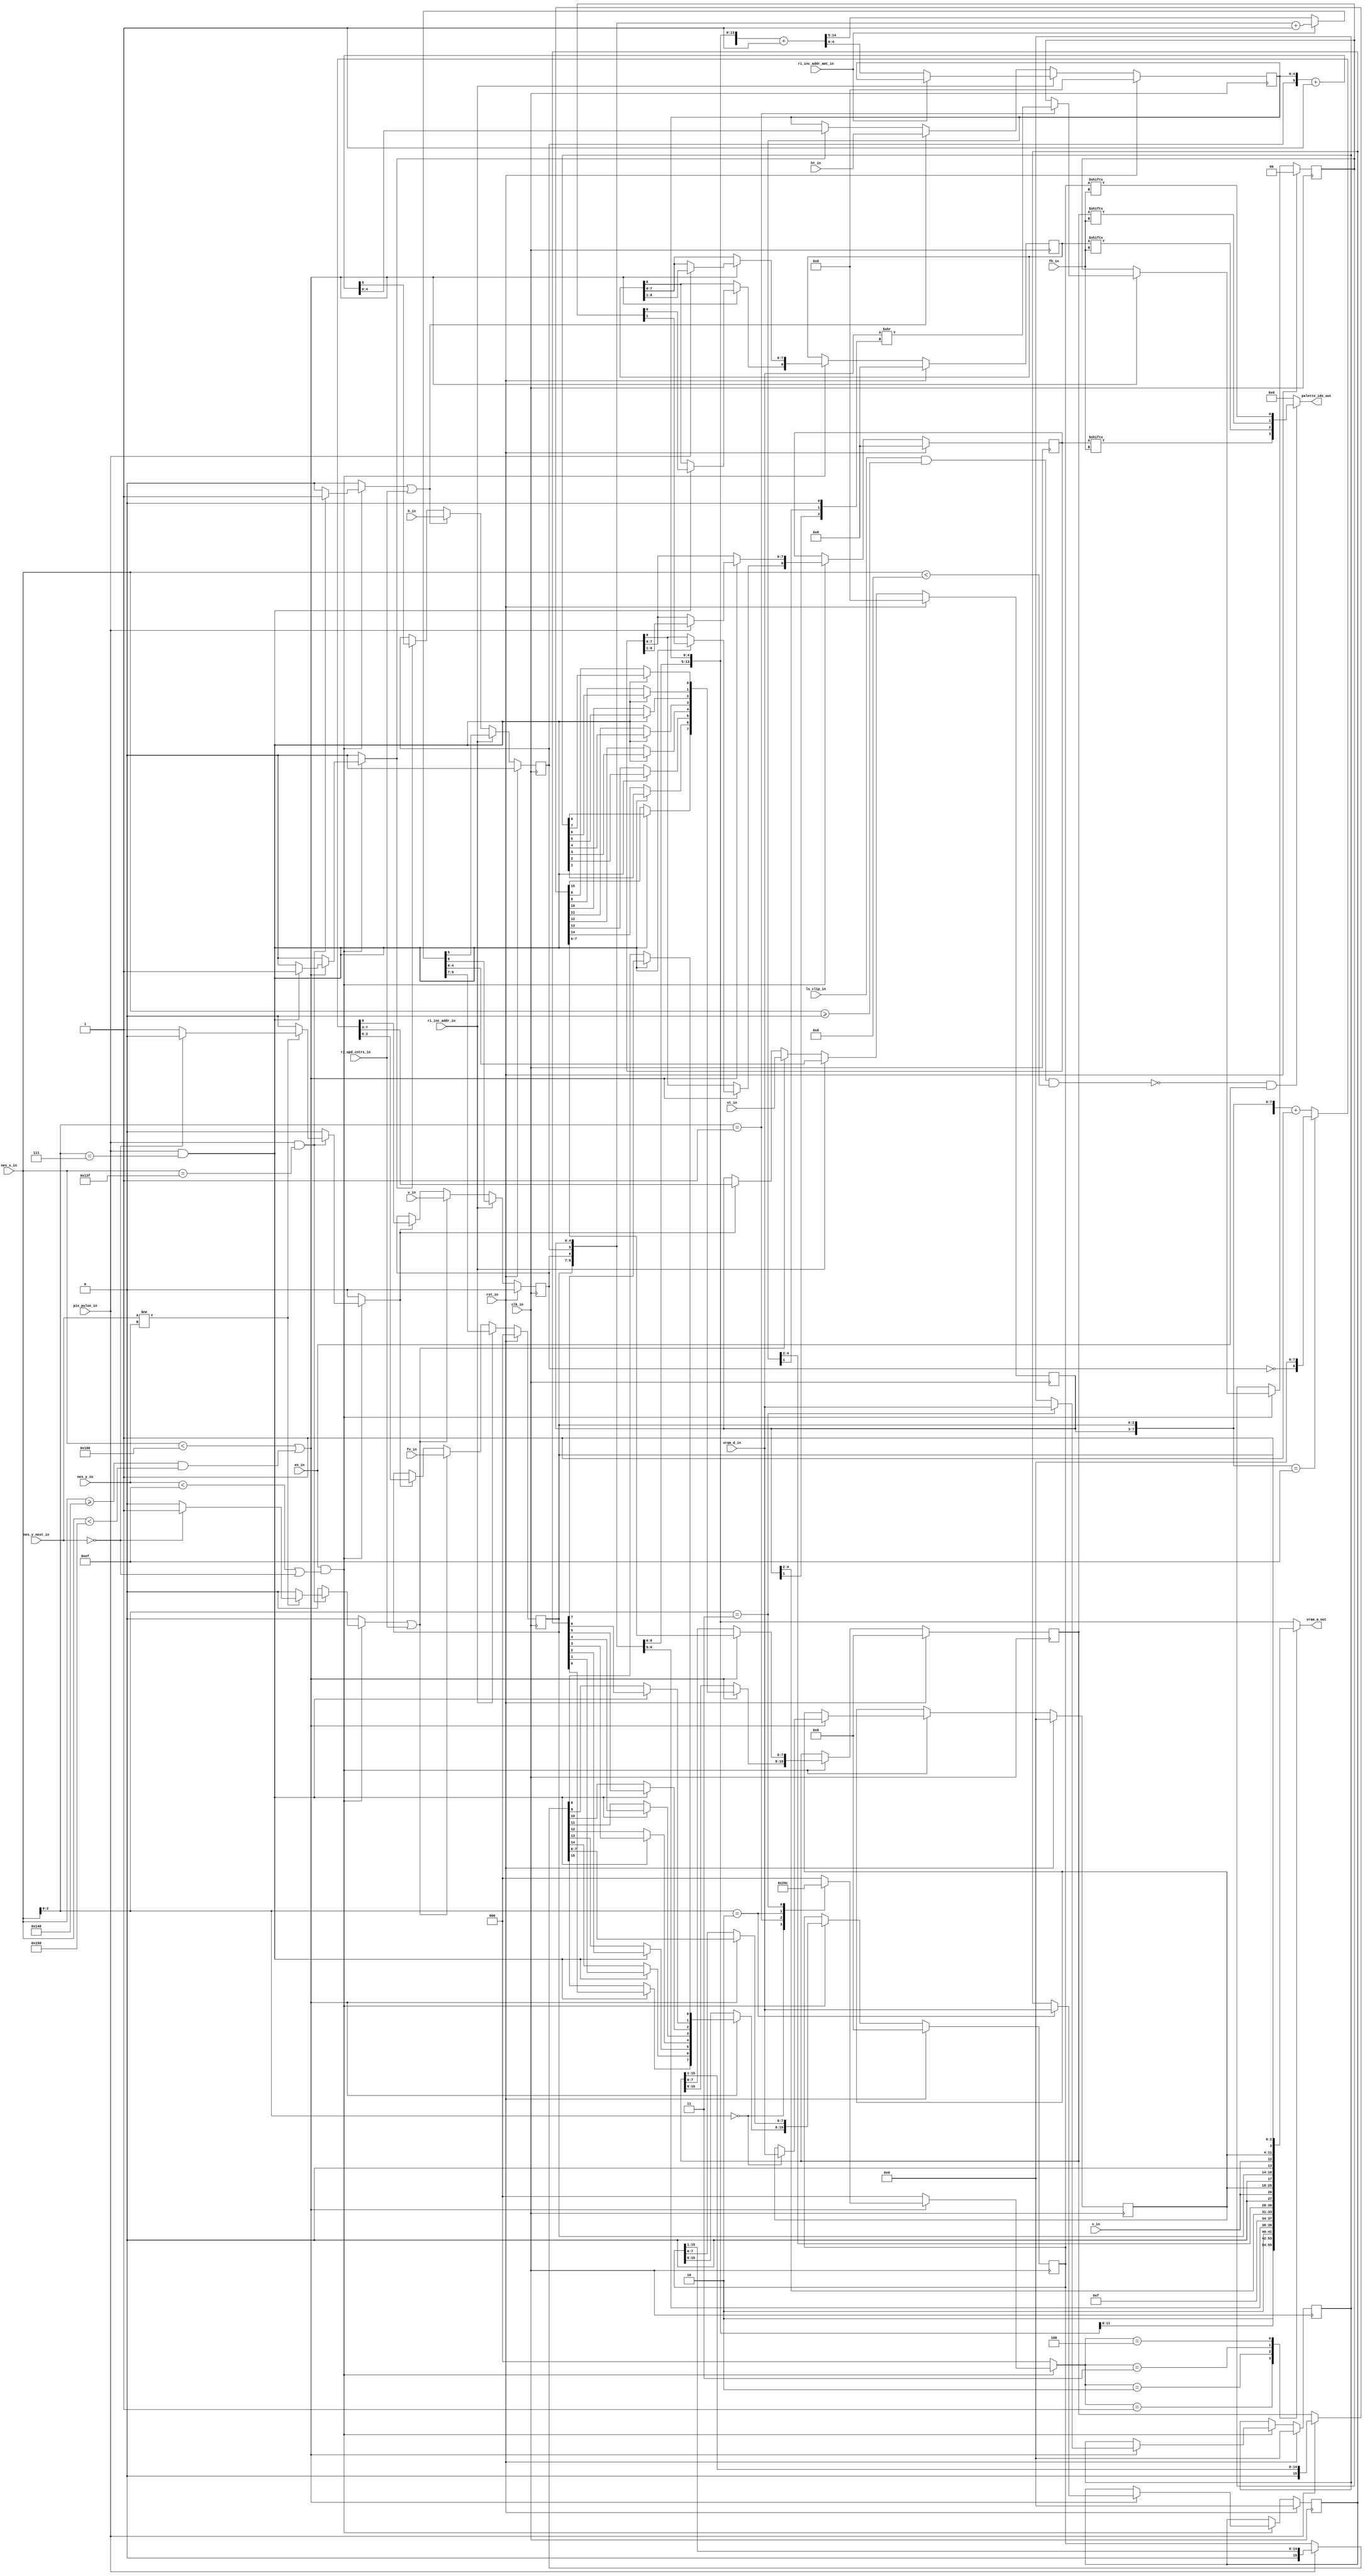
/***************************************************************************************************
** fpga_nes/hw/src/ppu/ppu_bg.v
*
*  Copyright (c) 2012, Brian Bennett
*  All rights reserved.
*
*  Redistribution and use in source and binary forms, with or without modification, are permitted
*  provided that the following conditions are met:
*
*  1. Redistributions of source code must retain the above copyright notice, this list of conditions
*     and the following disclaimer.
*  2. Redistributions in binary form must reproduce the above copyright notice, this list of
*     conditions and the following disclaimer in the documentation and/or other materials provided
*     with the distribution.
*
*  THIS SOFTWARE IS PROVIDED BY THE COPYRIGHT HOLDERS AND CONTRIBUTORS "AS IS" AND ANY EXPRESS OR
*  IMPLIED WARRANTIES, INCLUDING, BUT NOT LIMITED TO, THE IMPLIED WARRANTIES OF MERCHANTABILITY AND
*  FITNESS FOR A PARTICULAR PURPOSE ARE DISCLAIMED. IN NO EVENT SHALL THE COPYRIGHT OWNER OR
*  CONTRIBUTORS BE LIABLE FOR ANY DIRECT, INDIRECT, INCIDENTAL, SPECIAL, EXEMPLARY, OR CONSEQUENTIAL
*  DAMAGES (INCLUDING, BUT NOT LIMITED TO, PROCUREMENT OF SUBSTITUTE GOODS OR SERVICES; LOSS OF USE,
*  DATA, OR PROFITS; OR BUSINESS INTERRUPTION) HOWEVER CAUSED AND ON ANY THEORY OF LIABILITY,
*  WHETHER IN CONTRACT, STRICT LIABILITY, OR TORT (INCLUDING NEGLIGENCE OR OTHERWISE) ARISING IN ANY
*  WAY OUT OF THE USE OF THIS SOFTWARE, EVEN IF ADVISED OF THE POSSIBILITY OF SUCH DAMAGE.
*
*  Background/playfield PPU sub-block.
***************************************************************************************************/

module ppu_bg
(
  input  wire        clk_in,             // 100MHz system clock signal
  input  wire        rst_in,             // reset signal
  input  wire        en_in,              // enable background
  input  wire        ls_clip_in,         // clip background in left 8 pixels
  input  wire [ 2:0] fv_in,              // fine vertical scroll reg value
  input  wire [ 4:0] vt_in,              // vertical tile scroll reg value
  input  wire        v_in,               // vertical name table selection reg value
  input  wire [ 2:0] fh_in,              // fine horizontal scroll reg value
  input  wire [ 4:0] ht_in,              // horizontal tile scroll reg value
  input  wire        h_in,               // horizontal name table selection reg value
  input  wire        s_in,               // playfield pattern table selection reg value
  input  wire [ 9:0] nes_x_in,           // nes x coordinate
  input  wire [ 9:0] nes_y_in,           // nes y coordinate
  input  wire [ 9:0] nes_y_next_in,      // next line's nes y coordinate
  input  wire        pix_pulse_in,       // pulse signal one clock immediately before nes x changes
  input  wire [ 7:0] vram_d_in,          // vram data input bus
  input  wire        ri_upd_cntrs_in,    // update counters from scroll regs (after 0x2006 write)
  input  wire        ri_inc_addr_in,     // increment scroll regs for 0x2007 ri access
  input  wire        ri_inc_addr_amt_in, // amount to inc addr on ri_inc_addr_in (1 or 32 bytes)
  output reg  [13:0] vram_a_out,         // vram address bus for bg or ri 0x2007 access
  output wire [ 3:0] palette_idx_out     // background palette idx for the current pixel
);

//
// Background registers.
//
reg [ 2:0] q_fvc,           d_fvc;            // fine vertical scroll counter
reg [ 4:0] q_vtc,           d_vtc;            // vertical tile index counter
reg        q_vc,            d_vc;             // vertical name table selection counter
reg [ 4:0] q_htc,           d_htc;            // horizontal tile index counter
reg        q_hc,            d_hc;             // horizontal name table selection counter

reg [ 7:0] q_par,           d_par;            // picture address register (holds tile index)
reg [ 1:0] q_ar,            d_ar;             // tile attribute value latch (bits 3 and 2)
reg [ 7:0] q_pd0,           d_pd0;            // palette data 0 (bit 0 for tile)
reg [ 7:0] q_pd1,           d_pd1;            // palette data 1 (bit 1 for tile)

reg [ 8:0] q_bg_bit3_shift, d_bg_bit3_shift;  // shift register with per-pixel bg palette idx bit 3
reg [ 8:0] q_bg_bit2_shift, d_bg_bit2_shift;  // shift register with per-pixel bg palette idx bit 2
reg [15:0] q_bg_bit1_shift, d_bg_bit1_shift;  // shift register with per-pixel bg palette idx bit 1
reg [15:0] q_bg_bit0_shift, d_bg_bit0_shift;  // shift register with per-pixel bg palette idx bit 0

always @(posedge clk_in)
  begin
    if (rst_in)
      begin
        q_fvc           <=  2'h0;
        q_vtc           <=  5'h00;
        q_vc            <=  1'h0;
        q_htc           <=  5'h00;
        q_hc            <=  1'h0;
        q_par           <=  8'h00;
        q_ar            <=  2'h0;
        q_pd0           <=  8'h00;
        q_pd1           <=  8'h00;
        q_bg_bit3_shift <=  9'h000;
        q_bg_bit2_shift <=  9'h000;
        q_bg_bit1_shift <= 16'h0000;
        q_bg_bit0_shift <= 16'h0000;
      end
    else
      begin
        q_fvc           <= d_fvc;
        q_vtc           <= d_vtc;
        q_vc            <= d_vc;
        q_htc           <= d_htc;
        q_hc            <= d_hc;
        q_par           <= d_par;
        q_ar            <= d_ar;
        q_pd0           <= d_pd0;
        q_pd1           <= d_pd1;
        q_bg_bit3_shift <= d_bg_bit3_shift;
        q_bg_bit2_shift <= d_bg_bit2_shift;
        q_bg_bit1_shift <= d_bg_bit1_shift;
        q_bg_bit0_shift <= d_bg_bit0_shift;
      end
  end

//
// Scroll counter management.
//
reg upd_v_cntrs;
reg upd_h_cntrs;
reg inc_v_cntrs;
reg inc_h_cntrs;

always @*
  begin
    // Default to original values.
    d_fvc = q_fvc;
    d_vc  = q_vc;
    d_hc  = q_hc;
    d_vtc = q_vtc;
    d_htc = q_htc;

    if (ri_inc_addr_in)
      begin
        // If the VRAM address increment bit (2000.2) is clear (inc. amt. = 1), all the scroll
        // counters are daisy-chained (in the order of HT, VT, H, V, FV) so that the carry out of
        // each counter controls the next counter's clock rate. The result is that all 5 counters
        // function as a single 15-bit one. Any access to 2007 clocks the HT counter here.
        //
        // If the VRAM address increment bit is set (inc. amt. = 32), the only difference is that
        // the HT counter is no longer being clocked, and the VT counter is now being clocked by
        // access to 2007.
        if (ri_inc_addr_amt_in)
          { d_fvc, d_vc, d_hc, d_vtc } = { q_fvc, q_vc, q_hc, q_vtc } + 10'h001;
        else
          { d_fvc, d_vc, d_hc, d_vtc, d_htc } = { q_fvc, q_vc, q_hc, q_vtc, q_htc } + 15'h0001;
      end
    else
      begin
        if (inc_v_cntrs)
          begin
            // The vertical scroll counter is 9 bits, and is made up by daisy-chaining FV to VT, and
            // VT to V. FV is clocked by the PPU's horizontal blanking impulse, and therefore will
            // increment every scanline. VT operates here as a divide-by-30 counter, and will only
            // generate a carry condition when the count increments from 29 to 30 (the counter will
            // also reset). Dividing by 30 is neccessary to prevent attribute data in the name
            // tables from being used as tile index data.
            if ({ q_vtc, q_fvc } == { 5'b1_1101, 3'b111 })
              { d_vc, d_vtc, d_fvc } = { ~q_vc, 8'h00 };
            else
              { d_vc, d_vtc, d_fvc } = { q_vc, q_vtc, q_fvc } + 9'h001;
          end

        if (inc_h_cntrs)
          begin
            // The horizontal scroll counter consists of 6 bits, and is made up by daisy-chaining the
            // HT counter to the H counter. The HT counter is then clocked every 8 pixel dot clocks
            // (or every 8/3 CPU clock cycles).
            { d_hc, d_htc } = { q_hc, q_htc } + 6'h01;
          end

        // Counter loading. There are 2 conditions that update all 5 PPU scroll counters with the
        // contents of the latches adjacent to them. The first is after a write to 2006/2. The
        // second, is at the beginning of scanline 20, when the PPU starts rendering data for the
        // first time in a frame (this update won't happen if all rendering is disabled via 2001.3
        // and 2001.4).
        //
        // There is one condition that updates the H & HT counters, and that is at the end of the
        // horizontal blanking period of a scanline. Again, image rendering must be occuring for
        // this update to be effective.
        if (upd_v_cntrs || ri_upd_cntrs_in)
          begin
            d_vc  = v_in;
            d_vtc = vt_in;
            d_fvc = fv_in;
          end

        if (upd_h_cntrs || ri_upd_cntrs_in)
          begin
            d_hc  = h_in;
            d_htc = ht_in;
          end
      end
  end

//
// VRAM address derivation logic.
//
localparam [2:0] VRAM_A_SEL_RI       = 3'h0,
                 VRAM_A_SEL_NT_READ  = 3'h1,
                 VRAM_A_SEL_AT_READ  = 3'h2,
                 VRAM_A_SEL_PT0_READ = 3'h3,
                 VRAM_A_SEL_PT1_READ = 3'h4;

reg [2:0] vram_a_sel;

always @*
  begin
    case (vram_a_sel)
      VRAM_A_SEL_NT_READ:
        vram_a_out = { 2'b10, q_vc, q_hc, q_vtc, q_htc };
      VRAM_A_SEL_AT_READ:
        vram_a_out = { 2'b10, q_vc, q_hc, 4'b1111, q_vtc[4:2], q_htc[4:2] };
      VRAM_A_SEL_PT0_READ:
        vram_a_out = { 1'b0, s_in, q_par, 1'b0, q_fvc };
      VRAM_A_SEL_PT1_READ:
        vram_a_out = { 1'b0, s_in, q_par, 1'b1, q_fvc };
      default:
        vram_a_out = { q_fvc[1:0], q_vc, q_hc, q_vtc, q_htc };
    endcase
  end

//
// Background palette index derivation logic.
//
wire clip;

always @*
  begin
    // Default to original value.
    d_par           = q_par;
    d_ar            = q_ar;
    d_pd0           = q_pd0;
    d_pd1           = q_pd1;
    d_bg_bit3_shift = q_bg_bit3_shift;
    d_bg_bit2_shift = q_bg_bit2_shift;
    d_bg_bit1_shift = q_bg_bit1_shift;
    d_bg_bit0_shift = q_bg_bit0_shift;

    upd_v_cntrs = 1'b0;
    inc_v_cntrs = 1'b0;
    upd_h_cntrs = 1'b0;
    inc_h_cntrs = 1'b0;

    vram_a_sel = VRAM_A_SEL_RI;

    if (en_in && ((nes_y_in < 239) || (nes_y_next_in == 0)))
      begin
        if (pix_pulse_in && (nes_x_in == 319))
          begin
            upd_h_cntrs = 1'b1;

            if (nes_y_next_in != nes_y_in)
              begin
                if (nes_y_next_in == 0)
                  upd_v_cntrs = 1'b1;
                else
                  inc_v_cntrs = 1'b1;
              end
          end

        if ((nes_x_in < 256) || ((nes_x_in >= 320 && nes_x_in < 336)))
          begin
            if (pix_pulse_in)
              begin
                d_bg_bit3_shift = { q_bg_bit3_shift[8], q_bg_bit3_shift[8:1] };
                d_bg_bit2_shift = { q_bg_bit2_shift[8], q_bg_bit2_shift[8:1] };
                d_bg_bit1_shift = { 1'b0, q_bg_bit1_shift[15:1] };
                d_bg_bit0_shift = { 1'b0, q_bg_bit0_shift[15:1] };
              end

            if (pix_pulse_in && (nes_x_in[2:0] == 3'h7))
              begin
                inc_h_cntrs         = 1'b1;

                d_bg_bit3_shift[8]  = q_ar[1];
                d_bg_bit2_shift[8]  = q_ar[0];

                d_bg_bit1_shift[15] = q_pd1[0];
                d_bg_bit1_shift[14] = q_pd1[1];
                d_bg_bit1_shift[13] = q_pd1[2];
                d_bg_bit1_shift[12] = q_pd1[3];
                d_bg_bit1_shift[11] = q_pd1[4];
                d_bg_bit1_shift[10] = q_pd1[5];
                d_bg_bit1_shift[ 9] = q_pd1[6];
                d_bg_bit1_shift[ 8] = q_pd1[7];

                d_bg_bit0_shift[15] = q_pd0[0];
                d_bg_bit0_shift[14] = q_pd0[1];
                d_bg_bit0_shift[13] = q_pd0[2];
                d_bg_bit0_shift[12] = q_pd0[3];
                d_bg_bit0_shift[11] = q_pd0[4];
                d_bg_bit0_shift[10] = q_pd0[5];
                d_bg_bit0_shift[ 9] = q_pd0[6];
                d_bg_bit0_shift[ 8] = q_pd0[7];
              end

            case (nes_x_in[2:0])
              3'b000:
                begin
                  vram_a_sel = VRAM_A_SEL_NT_READ;
                  d_par      = vram_d_in;
                end
              3'b001:
                begin
                  vram_a_sel = VRAM_A_SEL_AT_READ;
                  d_ar       = vram_d_in >> { q_vtc[1], q_htc[1], 1'b0 };
                end
              3'b010:
                begin
                  vram_a_sel = VRAM_A_SEL_PT0_READ;
                  d_pd0      = vram_d_in;
                end
              3'b011:
                begin
                  vram_a_sel = VRAM_A_SEL_PT1_READ;
                  d_pd1      = vram_d_in;
                end
            endcase
          end
      end
  end

assign clip            = ls_clip_in && (nes_x_in >= 10'h000) && (nes_x_in < 10'h008);
assign palette_idx_out = (!clip && en_in) ? { q_bg_bit3_shift[fh_in],
                                              q_bg_bit2_shift[fh_in],
                                              q_bg_bit1_shift[fh_in],
                                              q_bg_bit0_shift[fh_in] } : 4'h0;

endmodule